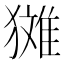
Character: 𪻉